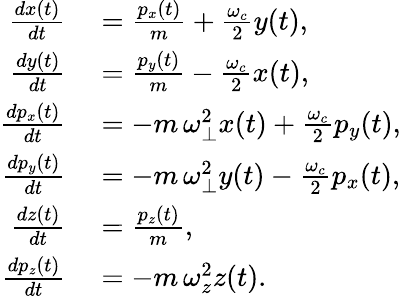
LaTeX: \begin{array}{rl}{\frac{dx(t)}{dt}}&{{}=\frac{p_{x}(t)}{m}+\frac{\omega_{c}}{2}y(t),}\\ {\frac{dy(t)}{dt}}&{{}=\frac{p_{y}(t)}{m}-\frac{\omega_{c}}{2}x(t),}\\ {\frac{dp_{x}(t)}{dt}}&{{}=-m\, \omega_{\perp}^{2}x(t)+\frac{\omega_{c}}{2}p_{y}(t),}\\ {\frac{dp_{y}(t)}{dt}}&{{}=-m\, \omega_{\perp}^{2}y(t)-\frac{\omega_{c}}{2}p_{x}(t),}\\ {\frac{dz(t)}{dt}}&{{}=\frac{p_{z}(t)}{m},}\\ {\frac{dp_{z}(t)}{dt}}&{{}=-m\, \omega_{z}^{2}z(t).}\end{array}